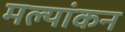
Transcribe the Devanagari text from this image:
मल्यांकन